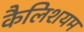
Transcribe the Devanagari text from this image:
कैलिशयम